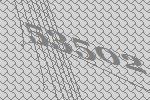
53502